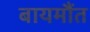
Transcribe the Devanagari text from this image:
बायमौंत